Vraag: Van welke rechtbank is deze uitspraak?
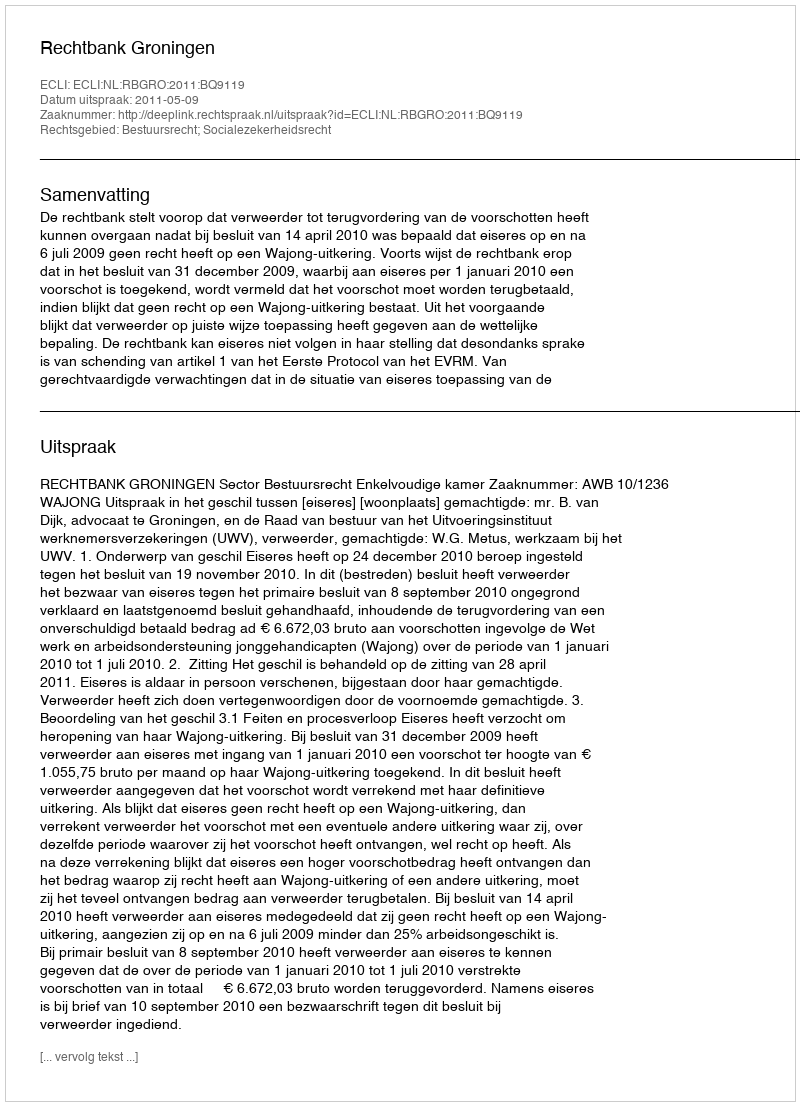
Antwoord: Rechtbank Groningen